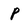
Character: P